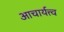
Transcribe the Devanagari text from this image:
आचार्यत्त्व